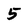
Character: 5